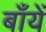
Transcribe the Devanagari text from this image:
बाँयें